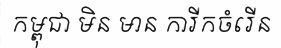
កម្ពុជា មិន មាន ការីកចំរើន